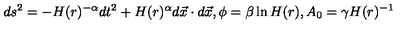
d s ^ { 2 } = - H ( r ) ^ { - \alpha } d t ^ { 2 } + H ( r ) ^ { \alpha } d \vec { x } \cdot d \vec { x } , \phi = \beta \ln H ( r ) , A _ { 0 } = \gamma H ( r ) ^ { - 1 }